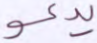
يدعو